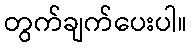
တွက်ချက်ပေးပါ။